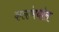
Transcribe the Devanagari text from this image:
कलांमधील